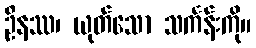
ဦနဿ၊ ယုတ်သော သင်္ကန်းကို။